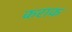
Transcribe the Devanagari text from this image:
कराक